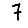
Digit: 7